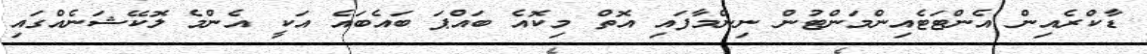
ޑާކްރެއިން އެންޓަޓެއިންމަންޓުން ނިންމާފައި އޮތް މިކޮއެ ބައްޕަ ބައެބައެ އަކީ އެންމެ ލޮކޭޝަނެއްގައި